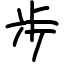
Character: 歩